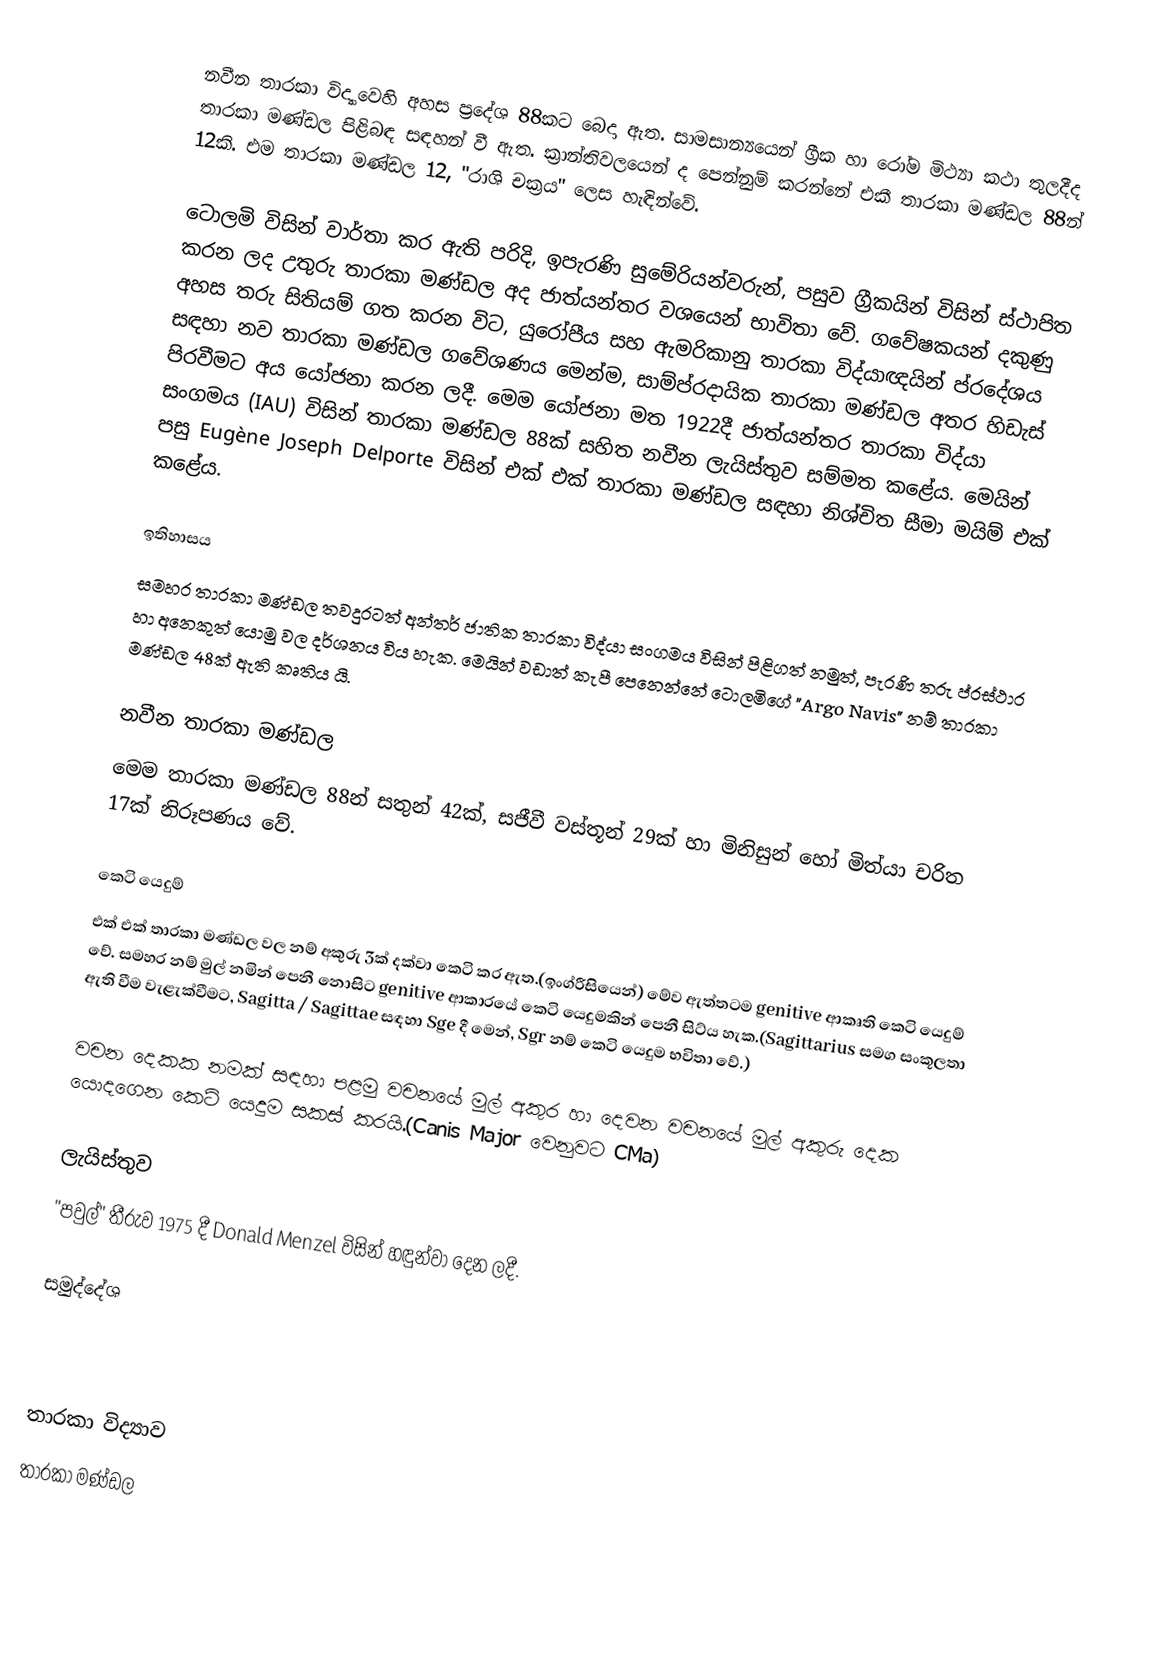
නවීන තාරකා විද්‍යාවෙහි අහස ප්‍රදේශ 88කට බෙදා ඇත. සාමසාන්‍යයෙන් ග්‍රීක හා රෝම මිථ්‍යා කථා තුලදීද තාරකා මණ්ඩල පිළිබඳ සඳහන් වී ඇත. ක්‍රාන්තිවලයෙන් ද පෙන්නුම් කරන්නේ එකී තාරකා මණ්ඩල 88න් 12කි. එම තාරකා මණ්ඩල 12, "රාශි චක්‍රය" ලෙස හැඳින්වේ.

ටොලමි විසින් වාර්තා කර ඇති පරිදි, ඉපැරණි සුමේරියන්වරුන්, පසුව ග්‍රීකයින් විසින් ස්ථාපිත කරන ලද උතුරු තාරකා මණ්ඩල අද ජාත්යන්තර වශයෙන් භාවිතා වේ. ගවේෂකයන් දකුණු අහස තරු සිතියම් ගත කරන විට, යුරෝපීය සහ ඇමරිකානු තාරකා විද්යාඥයින් ප්රදේශය සඳහා නව තාරකා මණ්ඩල ගවේශණය මෙන්ම, සාම්ප්රදායික තාරකා මණ්ඩල අතර හිඩැස් පිරවීමට අය යෝජනා කරන ලදී. මෙම යෝජනා මත 1922දී ජාත්යන්තර තාරකා විද්යා සංගමය (IAU) විසින් තාරකා මණ්ඩල 88ක් සහිත නවීන ලැයිස්තුව සම්මත කළේය. මෙයින් පසු Eugène Joseph Delporte විසින් එක් එක් තාරකා මණ්ඩල සඳහා නිශ්චිත සීමා මයිම් එක් කළේය.

ඉතිහාසය
සමහර තාරකා මණ්ඩල තවදුරටත් අන්තර් ජාතික තාරකා විද්යා සංගමය විසින් පිළිගත් නමුත්, පැරණි තරු ප්රස්ථාර හා අනෙකුත් යොමු වල දර්ශනය විය හැක. මෙයින් වඩාත් කැපී පෙනෙන්නේ ටොලමිගේ "Argo Navis" නම් තාරකා මණ්ඩල 48ක් ඇති කෘතිය යි.

නවීන තාරකා මණ්ඩල
මෙම තාරකා මණ්ඩල 88න් සතුන් 42ක්, සජීවී වස්තූන් 29ක් හා මිනිසුන් හෝ මිත්යා චරිත 17ක් නිරූපණය වේ.

කෙටි යෙදුම්
එක් එක් තාරකා මණ්ඩල වල නම් අකුරු 3ක් දක්වා කෙටි කර ඇත.(ඉංග්රීසියෙන්) මේව ඇත්තටම genitive ආකෘති කෙටි යෙදුම් වේ. සමහර නම් මුල් නමින් පෙනී නොසිට genitive ආකාරයේ කෙටි යෙදුමකින් පෙනී සිට්ය හැක.(Sagittarius සමග සංකූලතා ඇති වීම වැළැක්වීමට, Sagitta / Sagittae සඳහා Sge දී මෙන්, Sgr නම් කෙටි යෙදුම භවිතා වේ.)

වචන දෙකක නමක් සඳහා පළමු වචනයේ මුල් අකුර හා දෙවන වචනයේ මුල් අකුරු දෙක යොදගෙන කෙටි යෙදුම සකස් කරයි.(Canis Major වෙනුවට CMa)

ලැයිස්තුව
"පවුල්" තීරුව 1975 දී Donald Menzel විසින් හඳුන්වා දෙන ලදී.

සමුද්දේශ

තාරකා විද්‍යාව
තාරකා මණ්ඩල